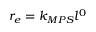
r _ { e } = k _ { M P S } l ^ { 0 }